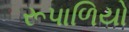
રૂપાળિયો